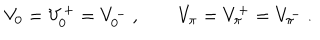
LaTeX: V _ { 0 } = V _ { 0 } ^ { + } = V _ { 0 } ^ { - } \ , \qquad V _ { \pi } = V _ { \pi } ^ { + } = V _ { \pi } ^ { - } \ .